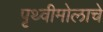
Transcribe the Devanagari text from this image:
पृथ्वीमोलाचे